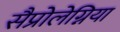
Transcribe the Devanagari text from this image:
सैप्रोलेग्निया